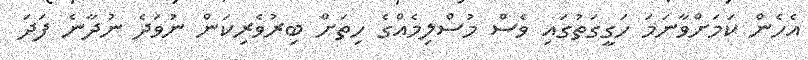
އެހެން ކަމަށްވާނަމަ ހަގީގަތުގައި ވެސް މުސްލިމެއްގެ ހިތަށް ބިރުވެރިކަން ނުވަދެ ނުދާނެ ފަދަ